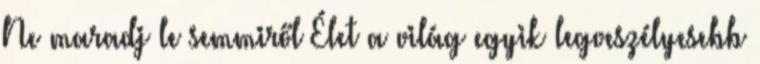
Ne maradj le semmiről Élet a világ egyik legveszélyesebb